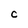
Character: C